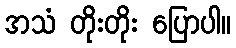
အသံ တိုးတိုး ပြောပါ။